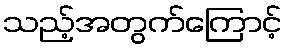
သည့်အတွက်ကြောင့်